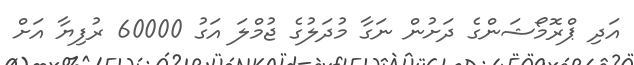
އަދި ޕްރޮމޯޝަންގެ ދަށުން ނަގާ މުދަލުގެ ޖުމްލަ އަގު 60000 ރުފިޔާ އަށް